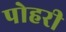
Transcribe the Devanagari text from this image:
पोहरी